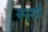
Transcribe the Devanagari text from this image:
स्पर्शा